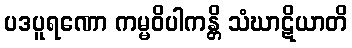
ပဒပူရဏော ကမ္မဝိပါကန္တိ သံဃာဋိယာတိ